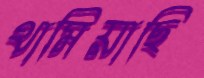
থামিয়াছি